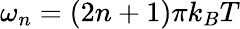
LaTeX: \omega_{n}=(2n+1)\pi k_{B}T